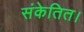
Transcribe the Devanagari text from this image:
संकेतित।